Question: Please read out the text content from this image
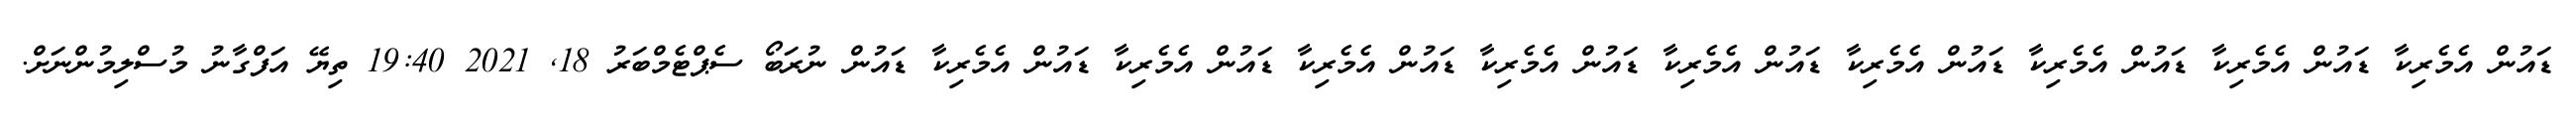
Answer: ޑައުން އެމެރިކާ ޑައުން އެމެރިކާ ޑައުން އެމެރިކާ ޑައުން އެމެރިކާ ޑައުން އެމެރިކާ ޑައުން އެމެރިކާ ޑައުން އެމެރިކާ ޑައުން އެމެރިކާ ޑައުން އެމެރިކާ ޑައުން ނުރަބޯ ސެޕްޓެމްބަރު 18, 2021 19:40 ތިޔޭ އަފްގާނު މުސްލިމުންނަށް.